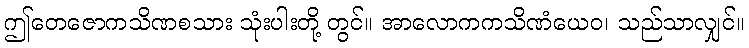
ဤတေဇောကသိဏစသား သုံးပါးတို့ တွင်။ အာလောကကသိဏံယေဝ၊ သည်သာလျှင်။